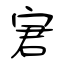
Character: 宭